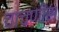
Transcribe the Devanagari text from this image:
चाचणीस